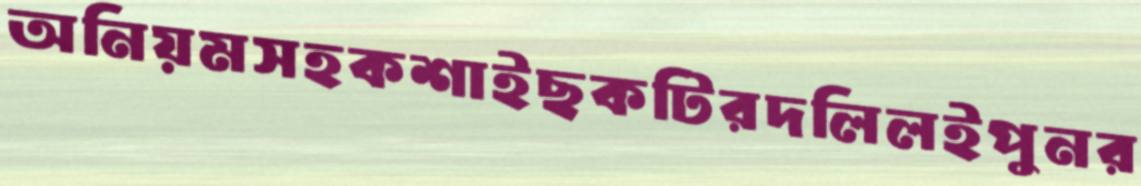
অনিয়মসহকশাইছকটিরদলিলইপুনর